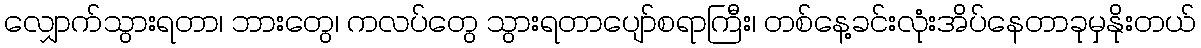
လျှောက်သွားရတာ၊ ဘားတွေ၊ ကလပ်တွေ သွားရတာပျော်စရာကြီး၊ တစ်နေ့ခင်းလုံးအိပ်နေတာခုမှနိုးတယ်